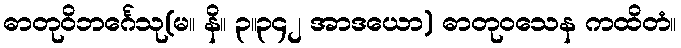
ဓာတုဝိဘင်္ဂေသု(မ။ နိ။ ၃။၃၄၂ အာဒယော) ဓာတုဝသေန ကထိတံ။